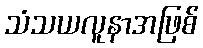
သံသယလူနာအဖြစ်